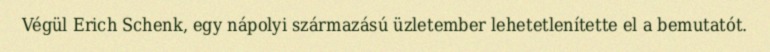
Végül Erich Schenk, egy nápolyi származású üzletember lehetetlenítette el a bemutatót.